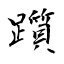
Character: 躓